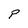
Character: P